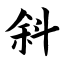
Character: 斜